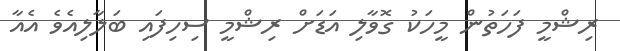
ރިޝްމީ ފަހަތުން މީހަކު ގޮވާލި އަޑަށް ރިޝްމީ ސިހިފައި ބަލާލިއެވެ އެއާ